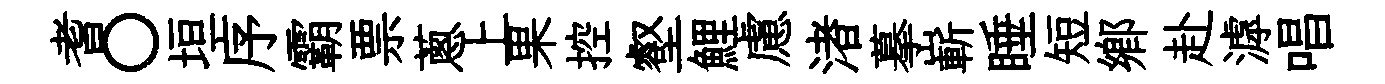
耆〇垣序霸票蔥上果控壑鯉慮渚摹嶄睡短鄉赴滹唱